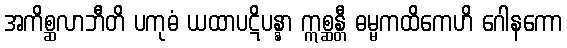
အကိစ္ဆလာဘီတိ ပကုဓံ ယထာပဋိပန္နာ ဣစ္ဆန္တီ ဓမ္မကထိကေဟိ ဂေါနကော